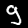
Digit: 9